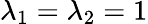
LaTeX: \lambda_{1}=\lambda_{2}=1